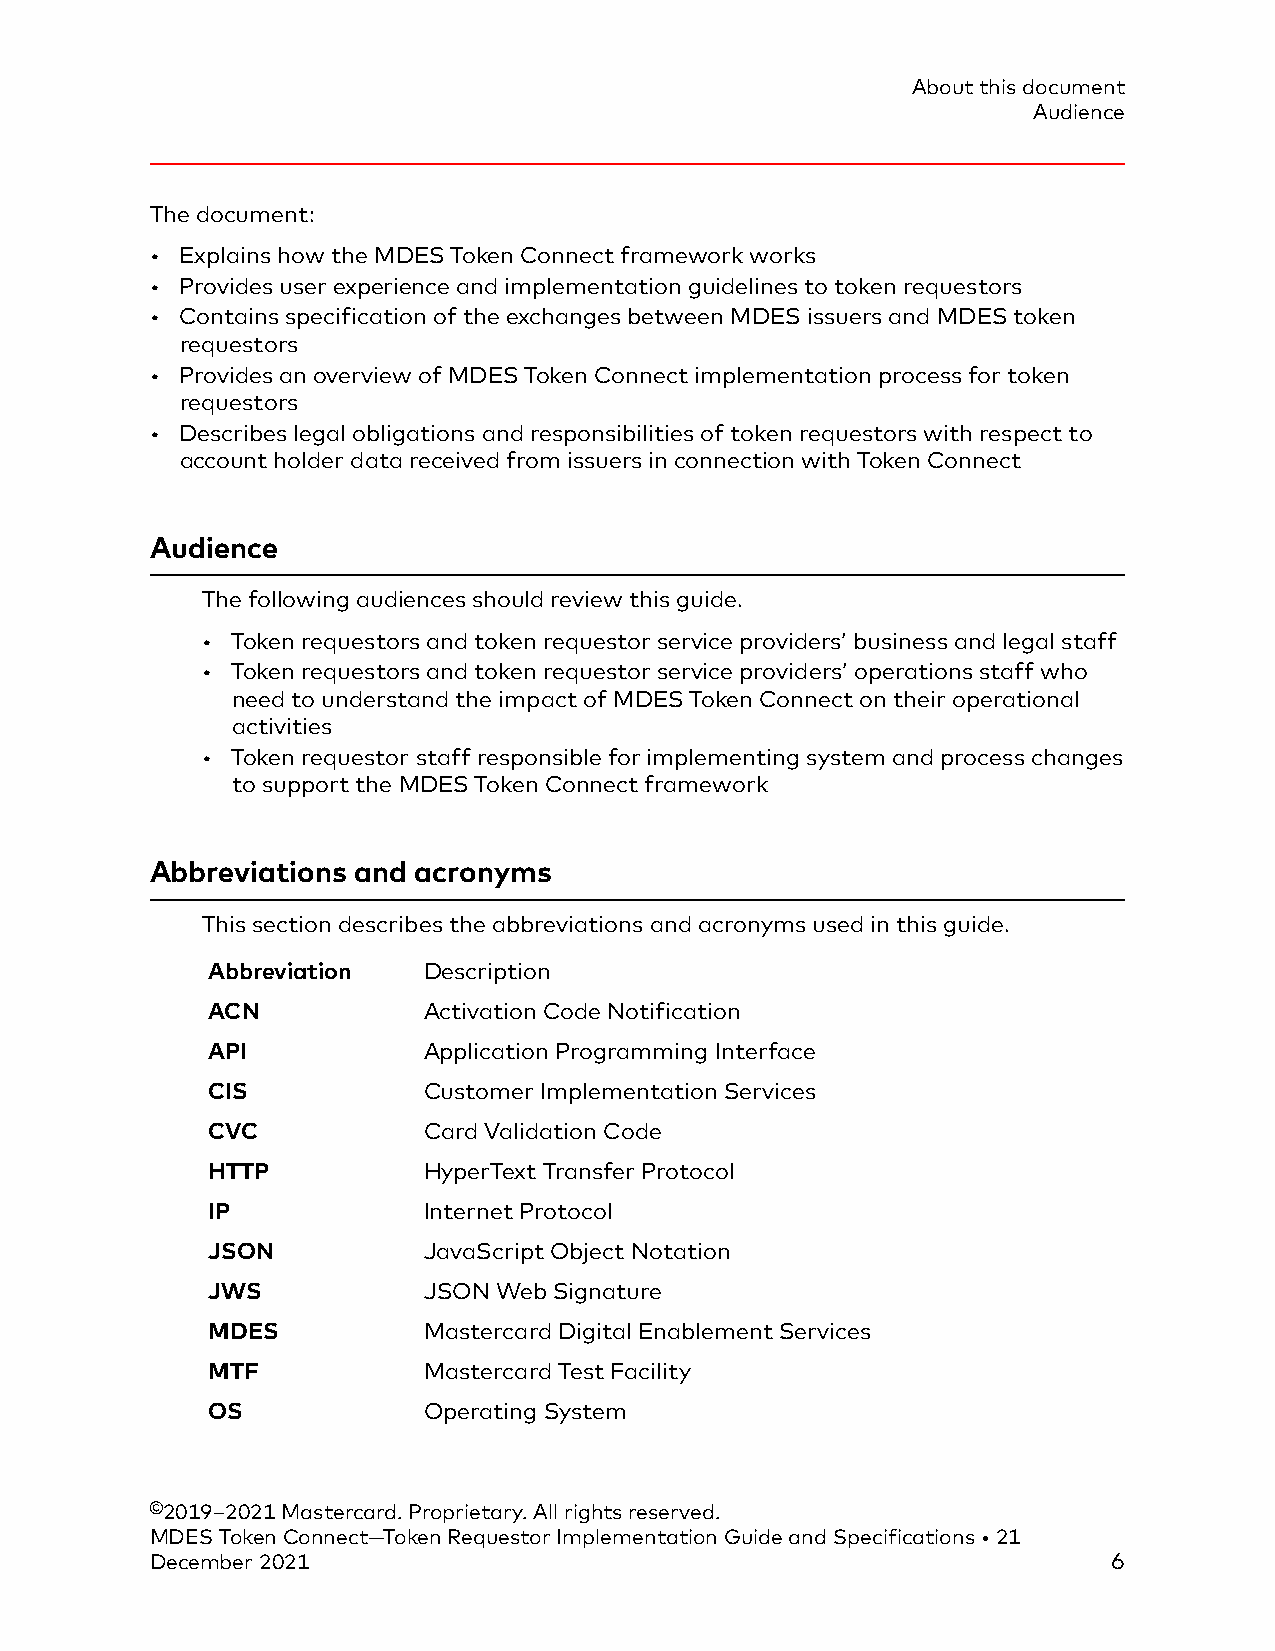
About this document
 Audience
 The document:
 • Explains how the MDES Token Connect framework works
 • Provides user experience and implementation guidelines to token requestors
 • Contains specification of the exchanges between MDES issuers and MDES token
 requestors
 • Provides an overview of MDES Token Connect implementation process for token
 requestors
 • Describes legal obligations and responsibilities of token requestors with respect to
 account holder data received from issuers in connection with Token Connect
 Audience
 The following audiences should review this guide.
 • Token requestors and token requestor service providers’ business and legal staff
 • Token requestors and token requestor service providers’ operations staff who
 need to understand the impact of MDES Token Connect on their operational
 activities
 • Token requestor staff responsible for implementing system and process changes
 to support the MDES Token Connect framework
 Abbreviations and acronyms
 This section describes the abbreviations and acronyms used in this guide.
 Abbreviation  Description
 ACN           Activation Code Notification
 API           Application Programming Interface
 CIS           Customer Implementation Services
 CVC           Card Validation Code
 HTTP          HyperText Transfer Protocol
 IP            Internet Protocol
 JSON          JavaScript Object Notation
 JWS           JSON Web Signature
 MDES          Mastercard Digital Enablement Services
 MTF           Mastercard Test Facility
 OS            Operating System
 ©2019–2021 Mastercard. Proprietary. All rights reserved.
 MDES Token Connect—Token Requestor Implementation Guide and Specifications • 21
 December 2021                                                   6